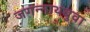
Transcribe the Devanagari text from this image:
जगन्‍नाथबुवा